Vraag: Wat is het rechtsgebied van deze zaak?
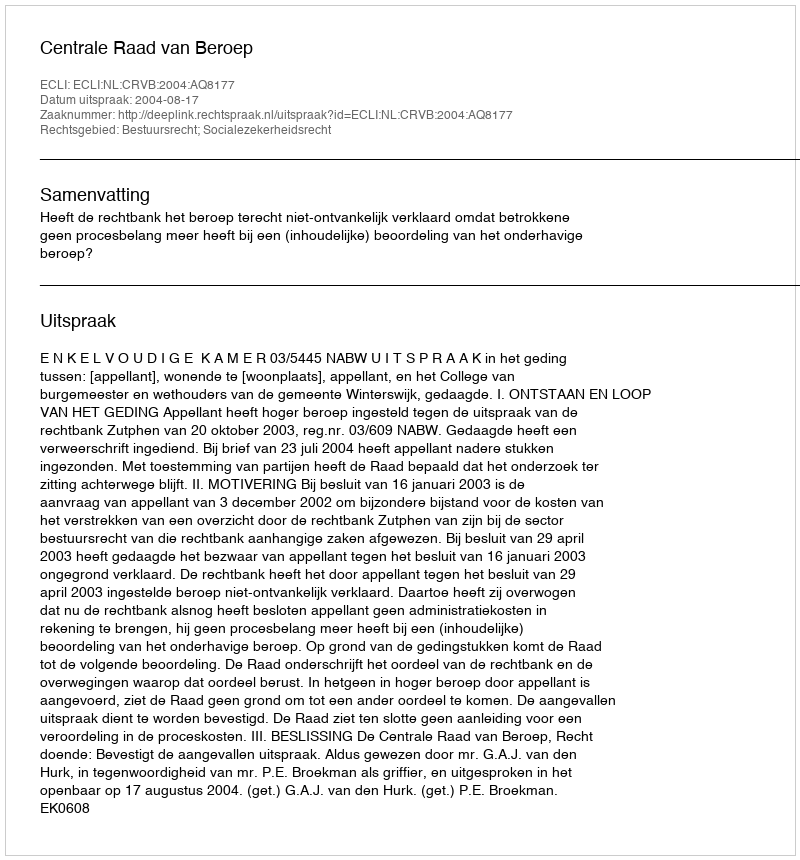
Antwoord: Bestuursrecht; Socialezekerheidsrecht